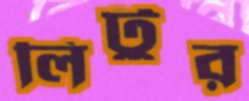
লিটুর